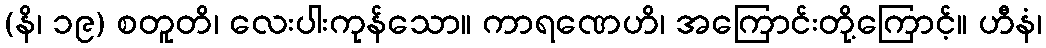
(နိ၊ ၁၉) စတူတိ၊ လေးပါးကုန်သော။ ကာရဏေဟိ၊ အကြောင်းတို့ကြောင့်။ ဟီနံ၊